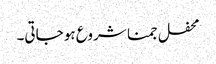
محفل جمنا شروع ہو جاتی۔